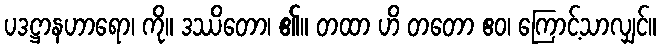
ပဒဋ္ဌာနဟာရော၊ ကို။ ဒဿိတော၊ ၏။ တထာ ဟိ တတော ဧဝ၊ ကြောင့်သာလျှင်။